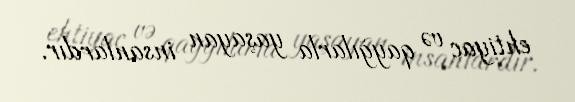
ehtiyac və qayğılarla yaşayan insanlardır.